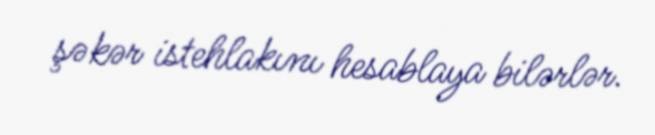
şəkər istehlakını hesablaya bilərlər.